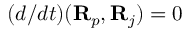
( d / d t ) ( { \bf R } _ { p } , { \bf R } _ { j } ) = 0